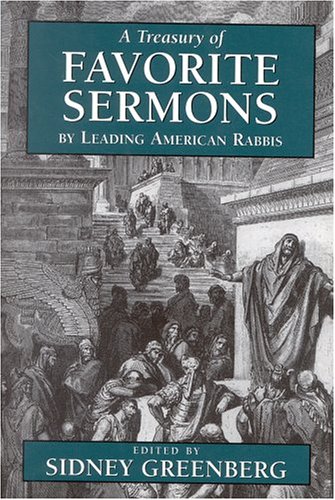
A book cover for A Treasury of Favorite Sermons by Leading American Rabbis; Sidney Greenberg; Religion & Spirituality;